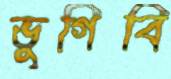
ভুগিবি